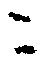
ニ